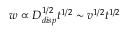
w \propto D _ { d i s p } ^ { 1 / 2 } t ^ { 1 / 2 } \sim v ^ { 1 / 2 } t ^ { 1 / 2 }